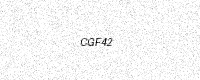
Text: CGF42